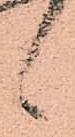
候